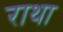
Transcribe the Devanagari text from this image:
राथा